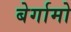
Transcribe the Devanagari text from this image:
बेर्गामो